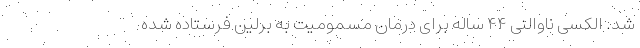
شد. الکسی ناوالنی ۴۴ ساله برای درمان مسمومیت به برلین فرستاده شده